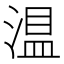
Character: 𱧴